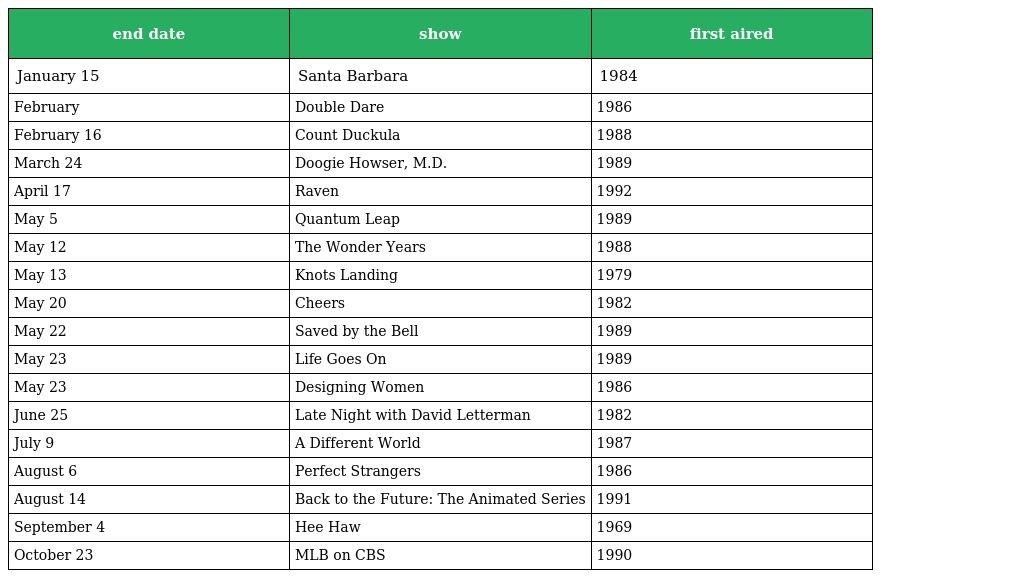
| end date | show | first aired |
 | --- | --- | --- |
 | January 15 | Santa Barbara | 1984 |
 | February | Double Dare | 1986 |
 | February 16 | Count Duckula | 1988 |
 | March 24 | Doogie Howser, M.D. | 1989 |
 | April 17 | Raven | 1992 |
 | May 5 | Quantum Leap | 1989 |
 | May 12 | The Wonder Years | 1988 |
 | May 13 | Knots Landing | 1979 |
 | May 20 | Cheers | 1982 |
 | May 22 | Saved by the Bell | 1989 |
 | May 23 | Life Goes On | 1989 |
 | May 23 | Designing Women | 1986 |
 | June 25 | Late Night with David Letterman | 1982 |
 | July 9 | A Different World | 1987 |
 | August 6 | Perfect Strangers | 1986 |
 | August 14 | Back to the Future: The Animated Series | 1991 |
 | September 4 | Hee Haw | 1969 |
 | October 23 | MLB on CBS | 1990 |